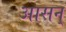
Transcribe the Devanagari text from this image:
आसन्